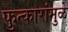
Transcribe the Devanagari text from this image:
फुत्कारांमुळे